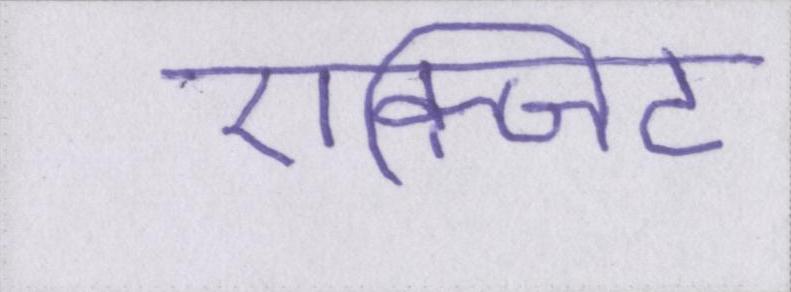
एक्जिट